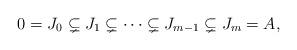
LaTeX: \begin{align*}0=J_0\subsetneq J_1\subsetneq \cdots \subsetneq J_{m-1}\subsetneq J_m =A,\end{align*}